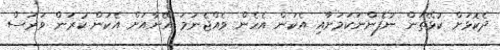
ދެކޮޅަށް ކުޅޭތަން ނުފެންނަކަމަށާއި އެކަން އެހެން ވެއްޖެނަމަ އޭނާއަށް އެކަން ކުރަން ވަރަސް